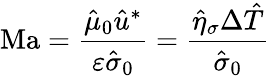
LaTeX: \mathrm{Ma}=\frac{\hat{\mu}_{0}\hat{u}^{*}}{\varepsilon\hat{\sigma}_{0}}=\frac{\hat{\eta}_{\sigma}\Delta\hat{T}}{\hat{\sigma}_{0}}